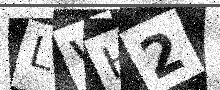
Text: LWH2